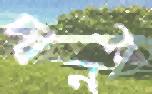
দানবী